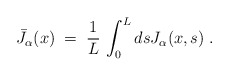
\begin{align*}{\bar J}_\alpha(x)\;=\; \frac{1}{L}\, \int_0^L ds J_\alpha(x,s)\;.\end{align*}